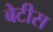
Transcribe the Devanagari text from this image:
बेटीस